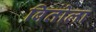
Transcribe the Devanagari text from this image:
बितोला